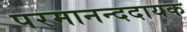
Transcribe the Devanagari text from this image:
परमानन्ददायक